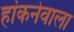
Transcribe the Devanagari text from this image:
हांकनेवाला